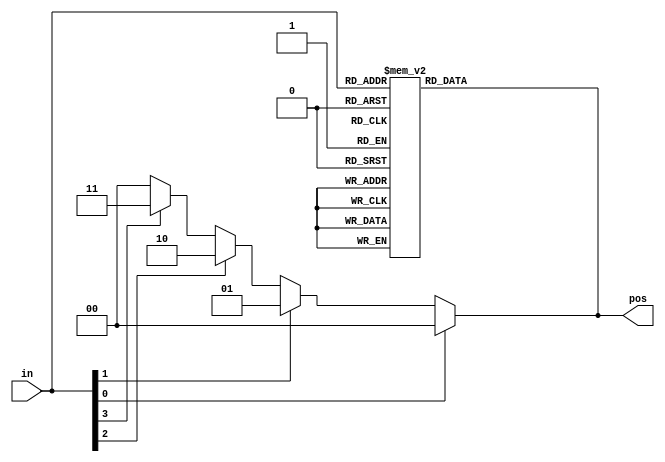
// Solution

// synthesis verilog_input_version verilog_2001
module top_module (
    input [3:0] in,
    output reg [1:0] pos  );
	
    // priority encoder will select the inputs based on priority.
    
    // For Example consider, input = 4'b1100, output will be 2'd2
    // In encoder we have 4 input device, if third device become active it will sent location of that device
    // to the encoder that is 0011 .
    // if their is 2 device multiply become active, we select it by using the priority encoder
    // consider their is 4 device input it sent 1001, here priority select the msb to the output
    // ie,something at 00 memory possition, ie at pos 0 become active.
	// here we having 4 bit input that means 16 combination, we have 4 device as input which can active at 16 ways, we want to select the device position most significant bit
    
	// Logic - 1
    always @(*) begin
        case(in)
            4'd0: pos=2'd0;
            4'd1: pos=2'd0;
            4'd2: pos=2'd1;
            4'd3: pos=2'd0;
            4'd4: pos=2'd2;
            4'd5: pos=2'd0;
            4'd6: pos=2'd1;
            4'd7: pos=2'd0;
            4'd8: pos=2'd3;
            4'd9: pos=2'd0;
            4'd10: pos=2'd1;
            4'd11: pos=2'd0;
            4'd12: pos=2'd2;
            4'd13: pos=2'd0;
            4'd14: pos=2'd1;
            4'd15: pos=2'd0;
        endcase
    end
	
	// Logic - 2
	always @(*) begin
        if (in[0]==1'b1)
            pos = 0;
        else if (in[1]==1'b1)
            pos = 1;
        else if (in[2]==1'b1)
            pos = 2;
        else if (in[3]==1'b1)
            pos = 3;
        else
            pos = 0;
    end
	
	// Logic - 3
	// using casez statement
	always @(*) begin
        // here we using the casez
        casez(in)
            // the order is strict in these case;
			// if order changes logic will break, we can prevent this order error by replacing zero with z that succeds the z, eg: zz10, z100
			// we can also replace the z with ?(not for making the error freeing)
            4'bzzz1: pos = 2'b00;
            4'bzz1z: pos = 2'b01;
            4'bz1zz: pos = 2'b10;
            4'b1zzz: pos = 2'b11;
            default: pos = 0;
        endcase
    end
    
    
endmodule